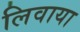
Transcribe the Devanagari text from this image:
लिवाया